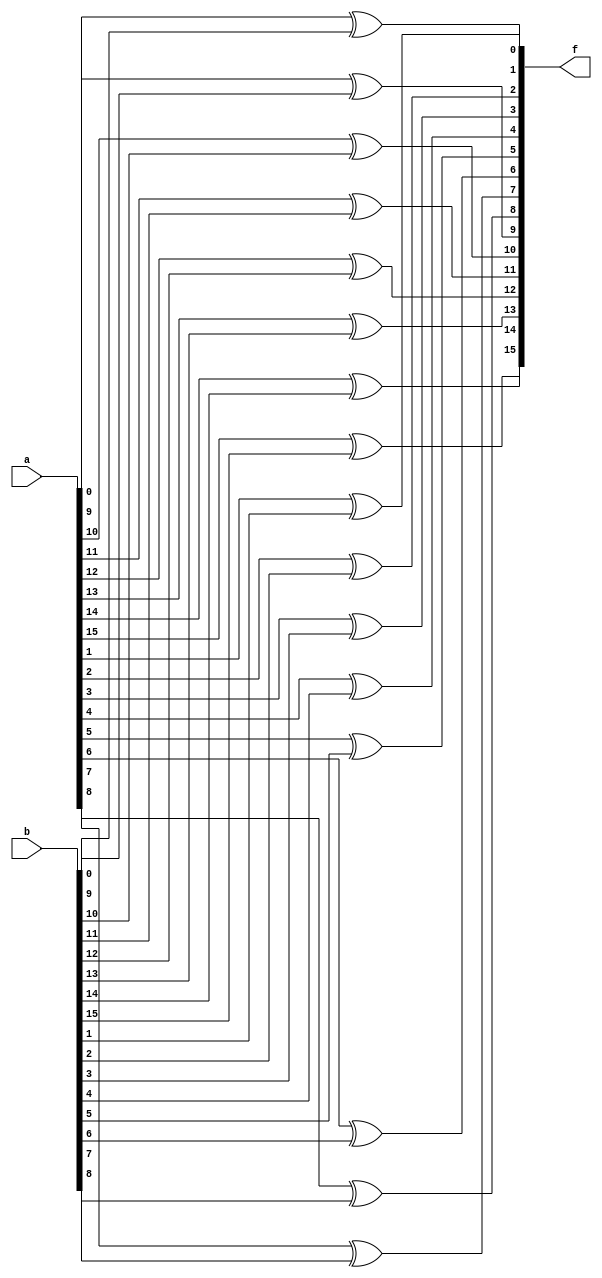
module generate1(
    input[N-1:0] a,
    input [N-1:0] b,
    output [N-1:0] f
    );
	parameter N = 16;
	genvar p;
  //generate block
	generate for (p=0;p<N;p=p+1)
	 begin
    // xor primitive
	  xor XG (f[p],a[p],b[p]);
	 end
	endgenerate
endmodule